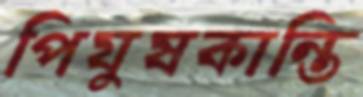
পিযুষকান্তি